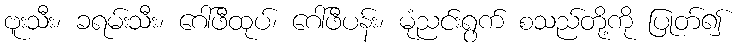
ဗူးသီး၊ ခရမ်းသီး၊ ဂေါ်ဖီထုပ်၊ ဂေါ်ဖီပန်း၊ မုံညင်းရွက် စသည်တို့ကို ပြုတ်၍